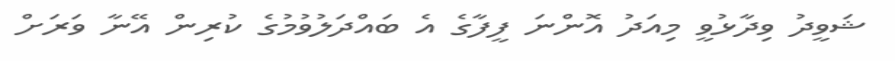
ޝަވީދު ވިދާޅުވީ މިއަދު އޮންނަ ފީފާގެ އެ ބައްދަލުވުމުގެ ކުރިން އޭނާ ވަރަށް